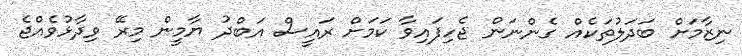
ނިޒާމަށް ބަދަލުތަކެއް ގެންނަން ޖެހިފައިވާ ކަމަށް ރައީސް އަބްދު ޔާމީން މިރޭ ވިދާޅުވެއްޖެ